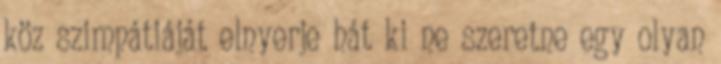
köz szimpátiáját elnyerje hát ki ne szeretne egy olyan